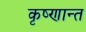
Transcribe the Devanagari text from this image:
कृष्णान्त